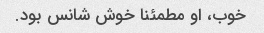
خوب، او مطمئنا خوش شانس بود.